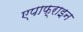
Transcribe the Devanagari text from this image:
एपाफ्राइन